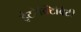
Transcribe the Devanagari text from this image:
इंटरेक्टिविटी